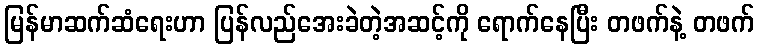
မြန်မာဆက်ဆံရေးဟာ ပြန်လည်အေးခဲတဲ့အဆင့်ကို ရောက်နေပြီး တဖက်နဲ့ တဖက်